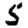
Digit: 5